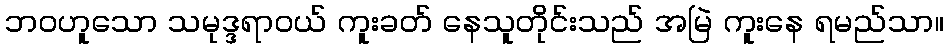
ဘဝဟူသော သမုဒ္ဒရာဝယ် ကူးခတ် နေသူတိုင်းသည် အမြဲ ကူးနေ ရမည်သာ။